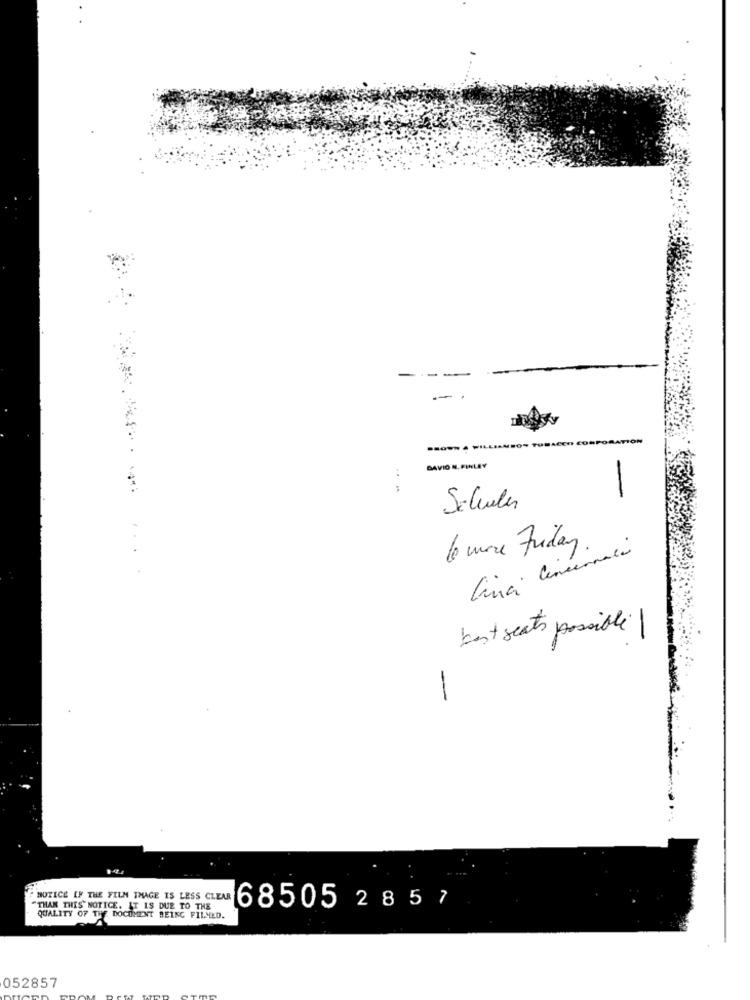
N. FINLEY
-.-
-
Salveles
6 mere Friday
Cinci Concernaci
best seats possible
-
NOTICE LF THE FILM THAGE IS LESS CLEAR
68505
2857
"THAN THIS NOTICE. IT IS DUE TO THE
QUALITY OF THE DOCUMENT BEING FILMED.
052857